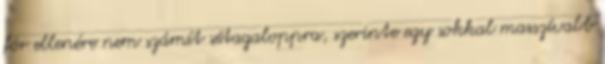
fór ellenére nem számít sétagaloppra, szerinte egy sokkal masszívabb